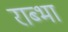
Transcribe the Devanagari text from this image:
राब्भा